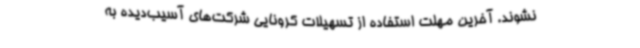
نشوند. آخرین مهلت استفاده از تسهیلات کرونایی شرکت‌های آسیب‌دیده به